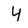
Character: 4